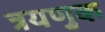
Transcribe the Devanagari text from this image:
त्रयणुक